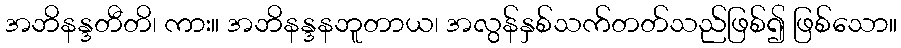
အဘိနန္ဒတီတိ၊ ကား။ အဘိနန္ဒနဘူတာယ၊ အလွန်နှစ်သက်တတ်သည်ဖြစ်၍ ဖြစ်သော။